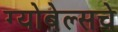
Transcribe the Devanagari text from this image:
ग्योबेल्सचे